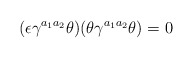
\begin{align*}(\epsilon \gamma^{a_1 a_2} \theta ) ( \theta \gamma^{a_1 a_2} \theta ) = 0\end{align*}